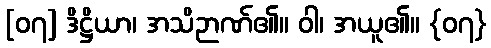
[၀၇] ဒိဋ္ဌိယာ၊ အသိဉာဏ်၏။ ဝါ၊ အယူ၏။ {၀၇}